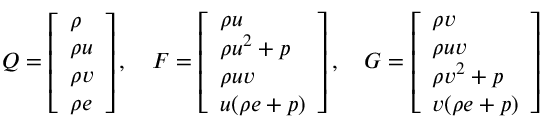
Q = \left[ \begin{array} { l } { \rho } \\ { \rho u } \\ { \rho v } \\ { \rho e } \end{array} \right] , \quad F = \left[ \begin{array} { l } { \rho u } \\ { \rho u ^ { 2 } + p } \\ { \rho u v } \\ { u ( \rho e + p ) } \end{array} \right] , \quad G = \left[ \begin{array} { l } { \rho v } \\ { \rho u v } \\ { \rho v ^ { 2 } + p } \\ { v ( \rho e + p ) } \end{array} \right]